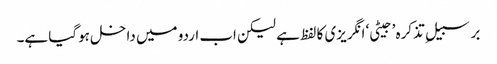
برسبیلِ تذکرہ ’جیٹی‘ انگریزی کا لفظ ہے لیکن اب اردو میں داخل ہوگیا ہے۔